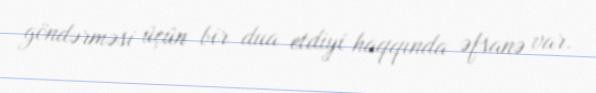
göndərməsi üçün bir dua etdiyi haqqında əfsanə var.